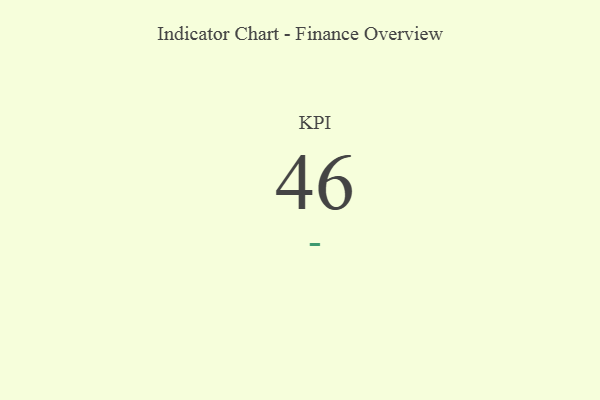
{"axis": {"x": "KPI", "y": "Value"}, "legend": [""], "data": [{"x": "KPI", "y": 46, "type": ""}]}